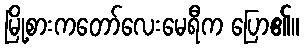
မြို့စားကတော်လေးမေရီက ပြော၏။